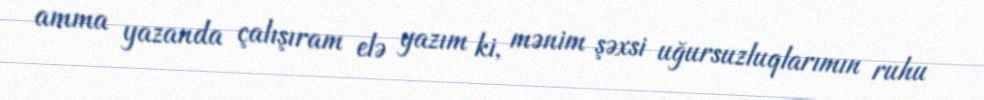
amma yazanda çalışıram elə yazım ki, mənim şəxsi uğursuzluqlarımın ruhu